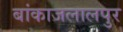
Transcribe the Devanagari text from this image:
बांकाजलालपुर